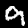
Label: 9